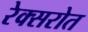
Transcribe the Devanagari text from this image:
रेक्सरोत